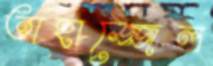
তাহাজ্জেল